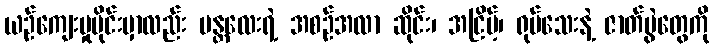
ယဉ်ကျေးမှုပိုင်းမှာလည်း မန္တလေးရဲ့ အစဉ်အလာ ဆိုင်း၊ အငြိမ့်၊ ရုပ်သေးနဲ့ ဇာတ်ပွဲတွေကို